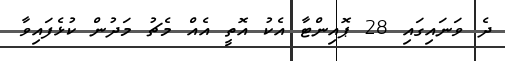
ދެ ވަނައިގައި 28 ޕޮއިންޓާ އެކު އޮތީ އެއް މެޗު މަދުން ކުޅެފައިވާ